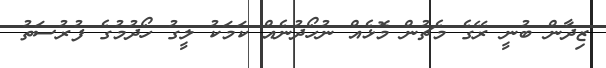
ޒިދާން ބުނީ ރޭގެ މެޗުން މޮޅެއް ނުހޯދުނެއް ކަމަކު ލީގު ހޯދުމުގެ ފުރުސަތު